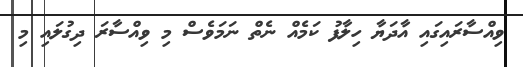
ވިއްސާރައިގައި އާދަޔާ ހިލާފު ކަމެއް ނެތް ނަމަވެސް މި ވިއްސާރަ ދިގުލައި މި